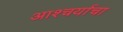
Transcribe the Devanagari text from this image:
आश्‍चर्याचा